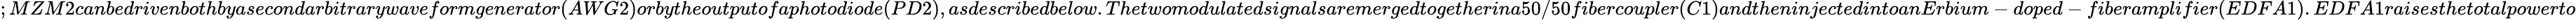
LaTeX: ;MZM2canbedrivenbothbyasecondarbitrarywaveformgenerator(AWG2)orbytheoutputofaphotodiode(PD2),asdescribedbelow.Thetwomodulatedsignalsaremergedtogetherina50/50fibercoupler(C1)andtheninjectedintoanErbium-doped-fiberamplifier(EDFA1).EDFA1raisesthetotalpowerto